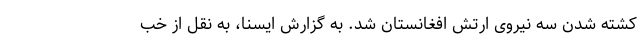
کشته شدن سه نیروی ارتش افغانستان شد. به گزارش ایسنا، به نقل از خب